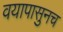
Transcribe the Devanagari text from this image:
वयापासुनच